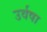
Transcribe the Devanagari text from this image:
उर्वषा